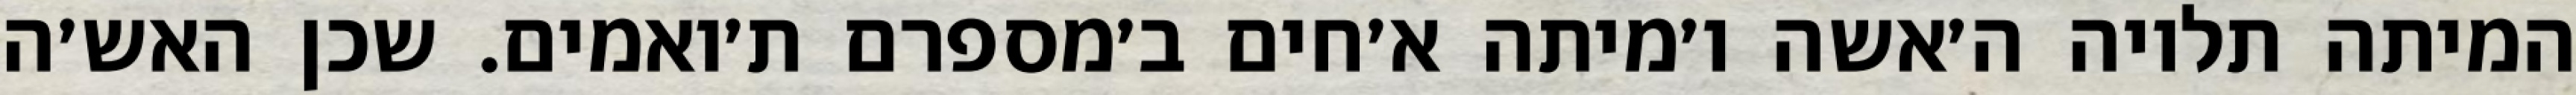
המיתה תלויה ה׳אשה ו׳מיתה א׳חים ב׳מספרם ת׳ואמים. שכן האש׳ה